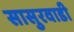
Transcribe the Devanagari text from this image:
सासुरवाडी